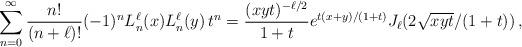
LaTeX: \begin{align*}\sum_{n=0}^{\infty}\frac{n!}{(n+\ell)!}(-1)^n L_n^{\ell}(x) L_n^{\ell}(y)\, t^n=\frac{(xyt)^{-\ell/2}}{1+t}e^{t(x+y)/(1+t)}J_{\ell}(2\sqrt{xyt}/(1+t))\, ,\end{align*}